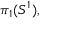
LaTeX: \pi _ { 1 } ( S ^ { 1 } ) ,